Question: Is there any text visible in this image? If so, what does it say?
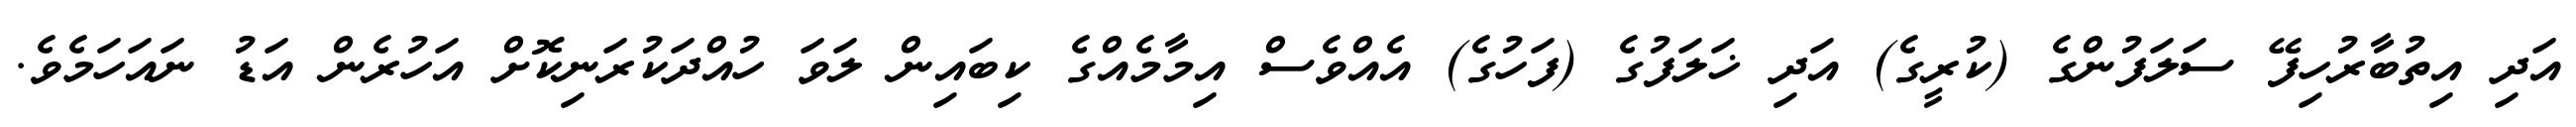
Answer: އަދި އިތުބާރުހިފޭ ސަލަފުންގެ (ކުރީގެ) އަދި ޚަލަފުގެ (ފަހުގެ) އެއްވެސް އިމާމެއްގެ ކިބައިން ލަވަ ހުއްދަކުރަނިކޮށް އަހުރެން އަޑު ނައަހަމެވެ.